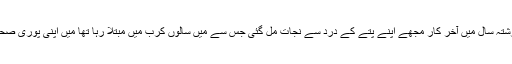
خاوند نے کاغذ کو دیکھا تو اس پر لکھا تھا اس گزشتہ سال میں آخر کار مجھے اپنے پتے کے درد سے نجات مل گئی جس سے میں سالوں کرب میں مبتلا رہا تھا میں اپنی پوری صحت مندی اور سلامتی کے ساتھ ساٹھ سال کا ہو گیا۔